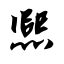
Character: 熙